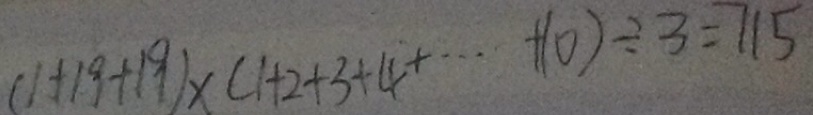
( 1 + 1 9 + 1 9 ) \times ( 1 + 2 + 3 + 4 + \cdots + 1 0 ) \div 3 = 7 1 5